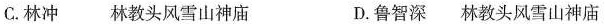
C.林冲 林教头风雪山神庙 D.鲁智深 林教头风雪山神庙